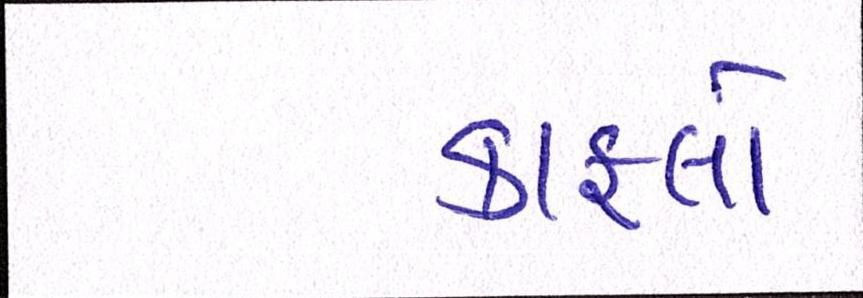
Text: કાફલો